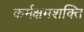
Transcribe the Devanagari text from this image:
कर्मक्षमशक्ति